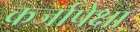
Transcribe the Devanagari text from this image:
कर्जापेक्षा